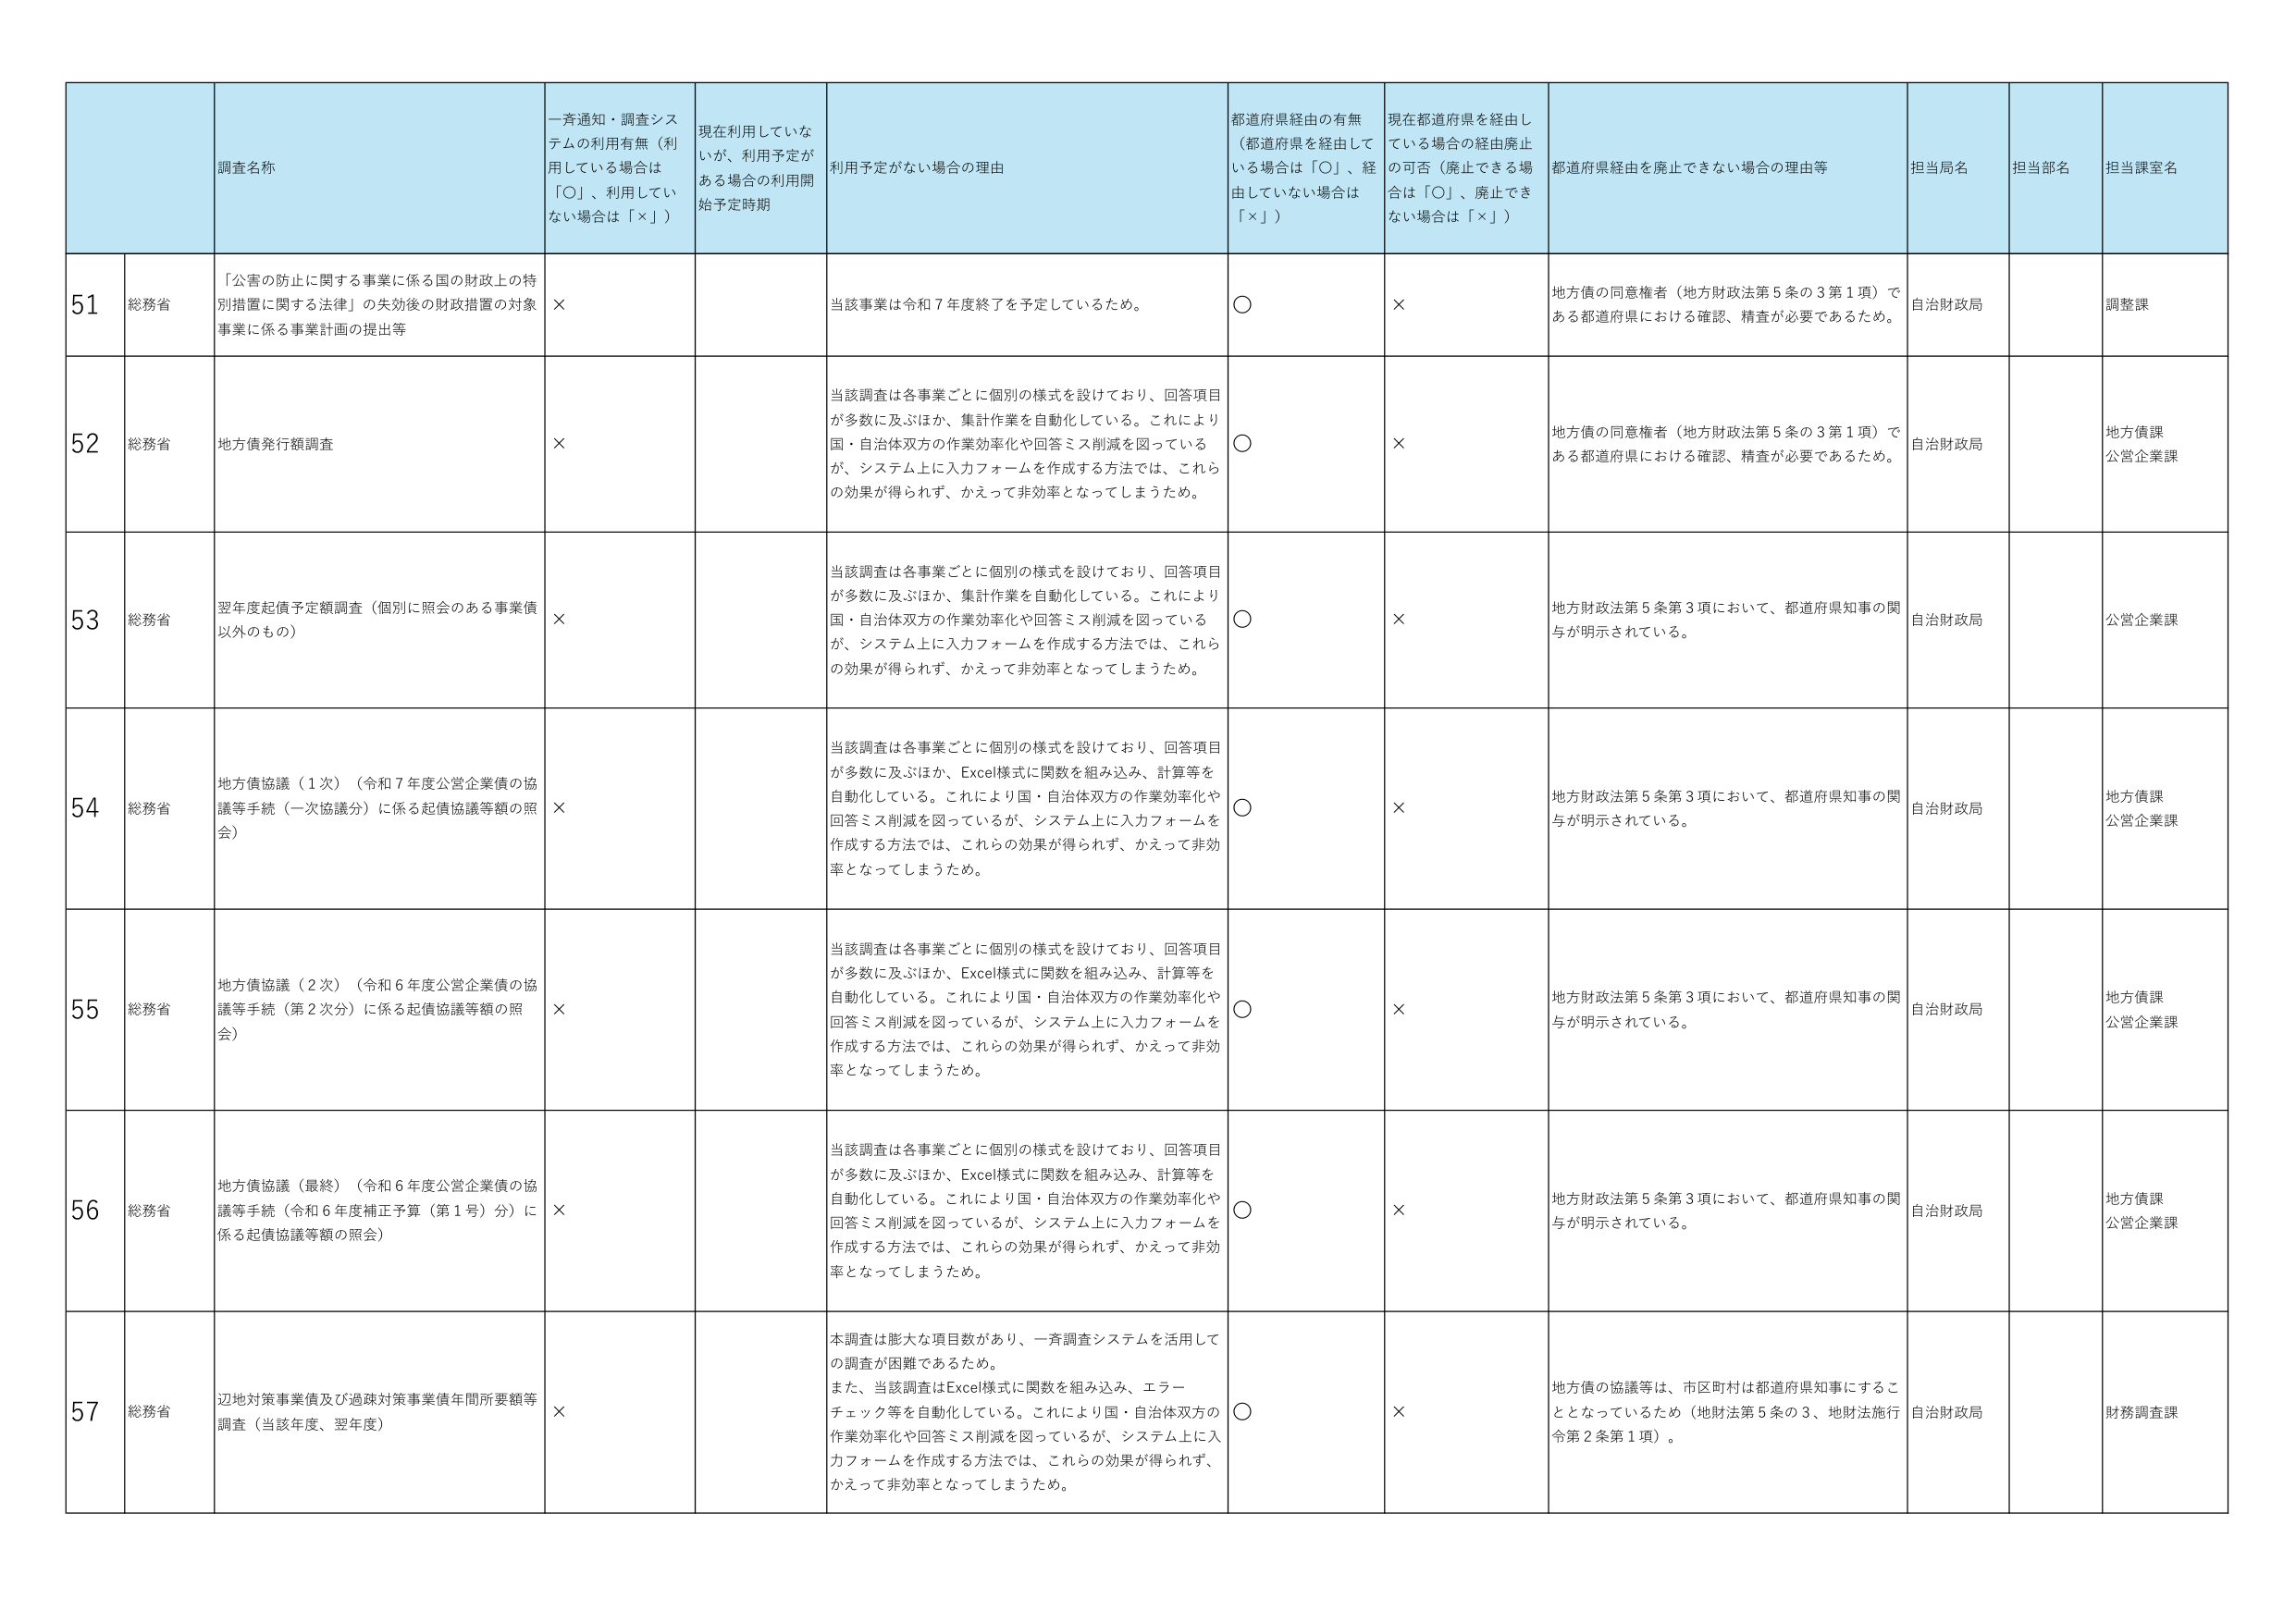
調査名称
一斉通知・調査システムの利用有無（利用している場合は「○」、利用していない場合は「×」）
現在利用していないが、利用予定がある場合の利用開始予定時期
利用予定がない場合の理由
都道府県経由の有無（都道府県を経由している場合は「○」、経由していない場合は「×」）
現在都道府県を経由している場合の経由廃止の可否（廃止できる場合は「○」、廃止できない場合は「×」）
都道府県経由を廃止できない場合の理由等
担当局名
担当部名
担当課室名

51
総務省
「公害の防止に関する事業に係る国の財政上の特別措置に関する法律」の失効後の財政措置の対象事業に係る事業計画の提出等
×
当該事業は令和７年度終了を予定しているため。
○
×
地方債の同意権者（地方財政法第５条の３第１項）である都道府県における確認、精査が必要であるため。
自治財政局
調整課

52
総務省
地方債発行額調査
×
当該調査は各事業ごとに個別の様式を設けており、回答項目が多数に及ぶほか、集計作業を自動化している。これにより国・自治体双方の作業効率化や回答ミス削減を図っているが、システム上に入力フォームを作成する方法では、これらの効果が得られず、かえって非効率となってしまうため。
○
×
地方債の同意権者（地方財政法第５条の３第１項）である都道府県における確認、精査が必要であるため。
自治財政局
地方債課
公営企業課

53
総務省
翌年度起債予定額調査（個別に照会のある事業債以外のもの）
×
当該調査は各事業ごとに個別の様式を設けており、回答項目が多数に及ぶほか、集計作業を自動化している。これにより国・自治体双方の作業効率化や回答ミス削減を図っているが、システム上に入力フォームを作成する方法では、これらの効果が得られず、かえって非効率となってしまうため。
○
×
地方財政法第５条第３項において、都道府県知事の関与が明示されている。
自治財政局
公営企業課

54
総務省
地方債協議（１次）（令和７年度公営企業債の協議等手続（一次協議分）に係る起債協議等額の照会）
×
当該調査は各事業ごとに個別の様式を設けており、回答項目が多数に及ぶほか、Excel様式に関数を組み込み、計算等を自動化している。これにより国・自治体双方の作業効率化や回答ミス削減を図っているが、システム上に入力フォームを作成する方法では、これらの効果が得られず、かえって非効率となってしまうため。
○
×
地方財政法第５条第３項において、都道府県知事の関与が明示されている。
自治財政局
地方債課
公営企業課

55
総務省
地方債協議（２次）（令和６年度公営企業債の協議等手続（第２次分）に係る起債協議等額の照会）
×
当該調査は各事業ごとに個別の様式を設けており、回答項目が多数に及ぶほか、Excel様式に関数を組み込み、計算等を自動化している。これにより国・自治体双方の作業効率化や回答ミス削減を図っているが、システム上に入力フォームを作成する方法では、これらの効果が得られず、かえって非効率となってしまうため。
○
×
地方財政法第５条第３項において、都道府県知事の関与が明示されている。
自治財政局
地方債課
公営企業課

56
総務省
地方債協議（最終）（令和６年度公営企業債の協議等手続（令和６年度補正予算（第１号）分）に係る起債協議等額の照会）
×
当該調査は各事業ごとに個別の様式を設けており、回答項目が多数に及ぶほか、Excel様式に関数を組み込み、計算等を自動化している。これにより国・自治体双方の作業効率化や回答ミス削減を図っているが、システム上に入力フォームを作成する方法では、これらの効果が得られず、かえって非効率となってしまうため。
○
×
地方財政法第５条第３項において、都道府県知事の関与が明示されている。
自治財政局
地方債課
公営企業課

57
総務省
辺地対策事業債及び過疎対策事業債年間所要額等調査（当該年度、翌年度）
×
本調査は膨大な項目数があり、一斉調査システムを活用しての調査が困難であるため。また、当該調査はExcel様式に関数を組み込み、エラーチェック等を自動化している。これにより国・自治体双方の作業効率化や回答ミス削減を図っているが、システム上に入力フォームを作成する方法では、これらの効果が得られず、かえって非効率となってしまうため。
○
×
地方債の協議等は、市区町村は都道府県知事にすることとなっているため（地財法第５条の３、地財法施行令第２条第１項）。
自治財政局
財務調査課